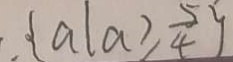
. \{ a \vert a \geq \frac { 5 } { 4 } \}